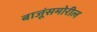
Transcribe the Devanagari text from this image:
बाजूंसमोरील